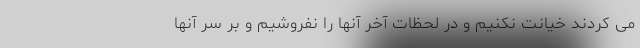
می کردند خیانت نکنیم و در لحظات آخر آنها را نفروشیم و بر سر آنها